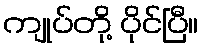
ကျုပ်တို့ ပိုင်ပြီ။